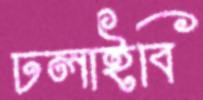
ঢলাইবি